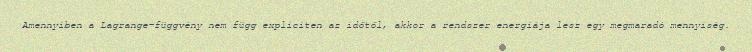
Amennyiben a Lagrange-függvény nem függ expliciten az időtől, akkor a rendszer energiája lesz egy megmaradó mennyiség.